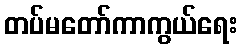
တပ်မတော်ကာကွယ်ရေး